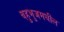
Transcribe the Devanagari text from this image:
बहुभुजमधील